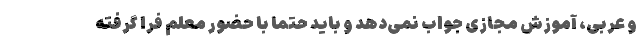
و عربی، آموزش مجازی جواب نمی‌دهد و باید حتما با حضور معلم فرا گرفته